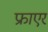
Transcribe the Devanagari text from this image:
फ्राएर